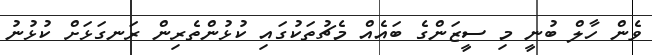
ވެން ހާލް ބުނީ މި ސީޒަންގެ ބައެއް މެޗުތަކުގައި ކުޅުންތެރިން ރަނގަޅަށް ކުޅުނު